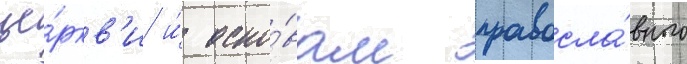
це́ркв'и и́ осно́вам правосла́вного